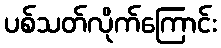
ပစ်သတ်လိုက်ကြောင်း